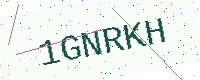
Text: 1GNRKH